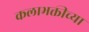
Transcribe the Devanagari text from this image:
कलाभक्तीच्या